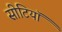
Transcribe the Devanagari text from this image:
सीटियाॅ